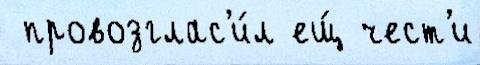
 провозглас'и́л ещ́ чест'и